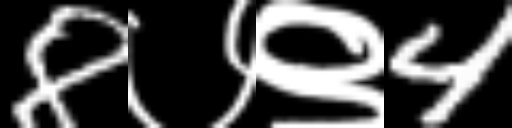
Text: 8७९4